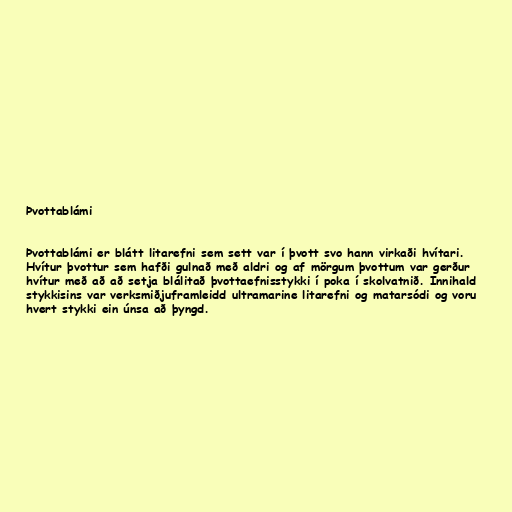
Þvottablámi

Þvottablámi er blátt litarefni sem sett var í þvott svo hann virkaði hvítari.
Hvítur þvottur sem hafði gulnað með aldri og af mörgum þvottum var gerður
hvítur með að að setja blálitað þvottaefnisstykki í poka í skolvatnið. Innihald
stykkisins var verksmiðjuframleidd ultramarine litarefni og matarsódi og voru
hvert stykki ein únsa að þyngd.